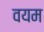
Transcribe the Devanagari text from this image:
वयम